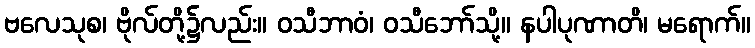
ဗလေသုစ၊ ဗိုလ်တို့၌လည်း။ ဝသီဘာဝံ၊ ဝသီဘော်သို့။ နပါပုဏာတိ၊ မရောက်။